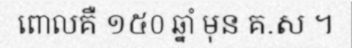
ពោលគឺ ១៥០ ឆ្នាំ មុន គ.ស ។